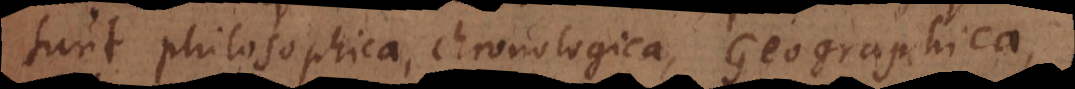
sunt philosophica, chronologica, Geographica,